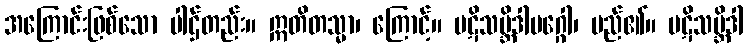
အကြောင်းဖြစ်သော ပါဌ်တည်း။ ဣတိတသ္မာ၊ ကြောင့်။ ပဋိသမ္ဘိဒါမဂ္ဂေါ၊ မည်၏။ ပဋိသမ္ဘိဒါ